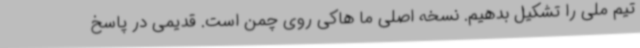
تیم ملی را تشکیل بدهیم. نسخه اصلی ما هاکی روی چمن است. قدیمی در پاسخ